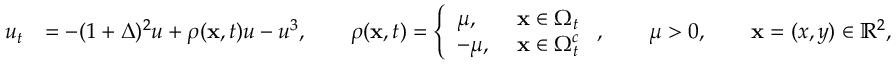
\begin{array} { r l } { u _ { t } } & { = - ( 1 + \Delta ) ^ { 2 } u + \rho ( \mathbf { x } , t ) u - u ^ { 3 } , \qquad \rho ( \mathbf { x } , t ) = \left\{ \begin{array} { l l } { \mu , } & { \, \, \mathbf { x } \in \Omega _ { t } } \\ { - \mu , } & { \, \, \mathbf { x } \in \Omega _ { t } ^ { c } } \end{array} \right. , \qquad \mu > 0 , \qquad \mathbf { x } = ( x , y ) \in \mathbb { R } ^ { 2 } , } \end{array}